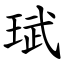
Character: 珷